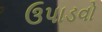
ઉપાડવો